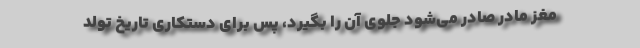
مغز مادر صادر می‌شود جلوی آن را بگیرد، پس برای دستکاری تاریخ تولد